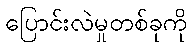
ပြောင်းလဲမှုတစ်ခုကို